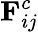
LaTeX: \mathbf{F}_{ij}^{c}